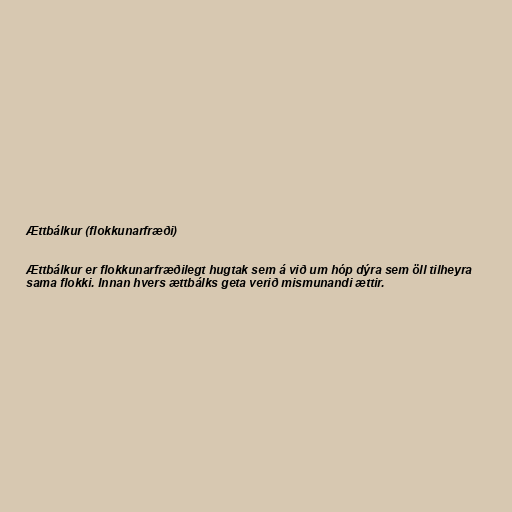
Ættbálkur (flokkunarfræði)

Ættbálkur er flokkunarfræðilegt hugtak sem á við um hóp dýra sem öll tilheyra
sama flokki. Innan hvers ættbálks geta verið mismunandi ættir.